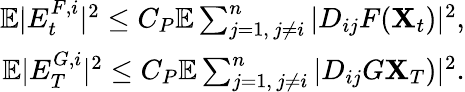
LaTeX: \begin{array}{r}{{\mathbb E}|E_{t}^{F,i}|^{2}\leq C_{P}{\mathbb E}\sum_{j=1,\, j\neq i}^{n}|D_{ij}F(\mathbf{X}_{t})|^{2},}\\ {{\mathbb E}|E_{T}^{G,i}|^{2}\leq C_{P}{\mathbb E}\sum_{j=1,\, j\neq i}^{n}|D_{ij}G\mathbf{X}_{T})|^{2}.}\end{array}